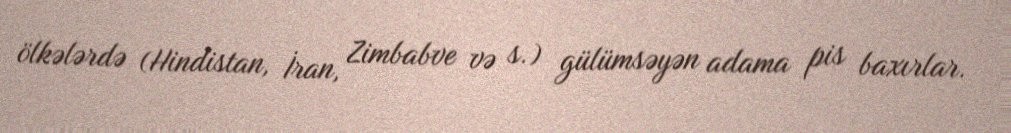
ölkələrdə (Hindistan, İran, Zimbabve və s.) gülümsəyən adama pis baxırlar.